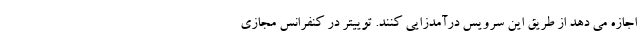
اجازه می دهد از طریق این سرویس درآمدزایی کنند. توییتر در کنفرانس مجازی